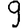
Digit: 9